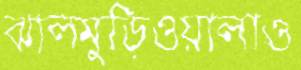
ঝালমুড়িওয়ালাও